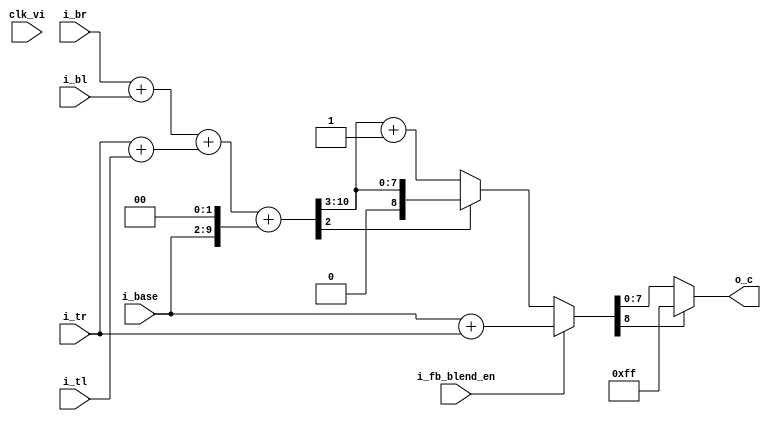
module fm_hvc_aa_filter_core (
    clk_vi,
    // configuration
    i_fb_blend_en,
    // incoming color
    i_base,
    i_br,
    i_bl,
    i_tr,
    i_tl,
    // outgoing color
    o_c
);

//////////////////////////////////
// I/O port definition
//////////////////////////////////
    input          clk_vi;     // 25MHz
    // configuration
    input          i_fb_blend_en;
    // incoming color
    input  [7:0]   i_base; // 7.1 or 8.0
    input  [7:0]   i_br;   // 5.3
    input  [7:0]   i_bl;   // 5.3
    input  [7:0]   i_tr;   // 5.3 or 8.0
    input  [7:0]   i_tl;   // 5.3

    // outgoing color
    output [7:0]   o_c;
//////////////////////////////////
// reg
//////////////////////////////////
    //reg    [7:0]   r_c;
//////////////////////////////////
// wire
//////////////////////////////////
    wire   [8:0]   w_b;  // intermediate 6.3
    wire   [8:0]   w_t;  // intermediate 6.3
    wire   [9:0]   w_m;  // intermediate 7.3
    wire   [10:0]  w_f;  // intermediate 8.3
    wire   [8:0]   w_ff; // intermediate 9.0
    wire   [7:0]   w_r;  // rounded final color

    // for buffer blend function
    wire   [8:0]   w_ff_a; // intermediate 9.0
    wire   [8:0]   w_ff_b; // intermediate 9.0
//////////////////////////////////
// assign
//////////////////////////////////
    assign w_b = i_br + i_bl;  // 6.3
    assign w_t = i_tr + i_tl;  // 6.3
    assign w_m = w_b + w_t;    // 7.3
    assign w_f = w_m + {i_base,2'b00}; // 8.3
    assign w_ff_a = (w_f[2]) ? w_f[10:3] : w_f[10:3] + 1'b1;  // 9.0 for aa
    assign w_ff_b = i_base + i_tr;  // 9.0 for blend
    assign w_ff = (!i_fb_blend_en) ? w_ff_a : w_ff_b;
    assign w_r = (w_ff[8]) ? 8'hff : w_ff[7:0];

//    assign o_c = r_c;
    assign o_c = w_r;
//////////////////////////////////
// always
//////////////////////////////////
/*
    always @(posedge clk_vi) begin
        r_c = w_r;
    end
*/

endmodule